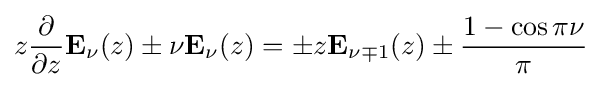
z{\dfrac {\partial }{\partial z}}\mathbf {E} _{\nu }(z)\pm \nu \mathbf {E} _{\nu }(z)=\pm z\mathbf {E} _{\nu \mp 1}(z)\pm {\frac {1-\cos \pi \nu }{\pi }}